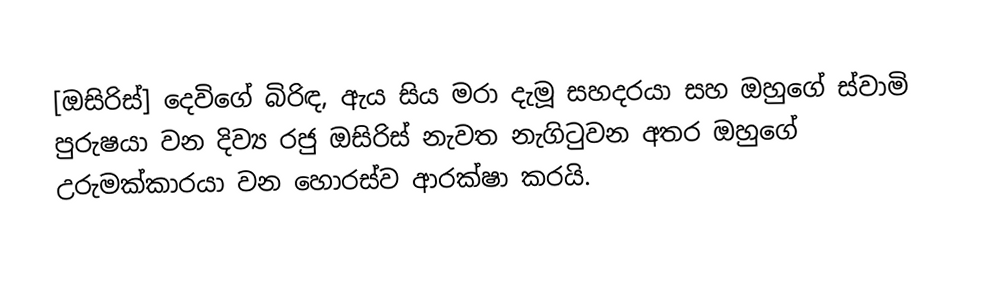
[ඔසිරිස්] දෙවිගේ බිරිඳ, ඇය සිය මරා දැමූ සහදරයා සහ ඔහුගේ ස්වාමි පුරුෂයා වන දිව්‍ය රජු ඔසිරිස් නැවත නැගිටුවන අතර ඔහුගේ උරුමක්කාරයා වන හොරස්ව ආරක්ෂා කරයි.